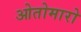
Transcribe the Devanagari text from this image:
ओतोमारो